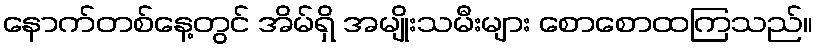
နောက်တစ်နေ့တွင် အိမ်ရှိ အမျိုးသမီးများ စောစောထကြသည်။